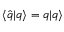
\langle \hat { q } | q \rangle = q | q \rangle